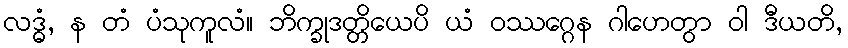
လဒ္ဓံ, န တံ ပံသုကူလံ။ ဘိက္ခုဒတ္တိယေပိ ယံ ဝဿဂ္ဂေန ဂါဟေတွာ ဝါ ဒီယတိ,